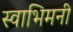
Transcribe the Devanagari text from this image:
स्वाभिमनी